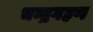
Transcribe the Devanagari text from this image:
चन्द्रगहण